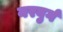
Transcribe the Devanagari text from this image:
नरबुर्ग